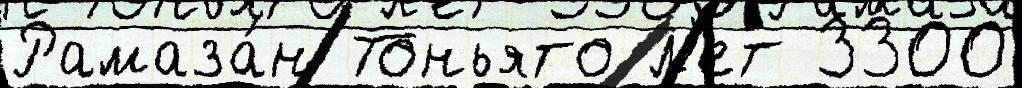
Рамаза́н Тоньято л'ет 3300